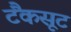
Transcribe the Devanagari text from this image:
टैंकसूट